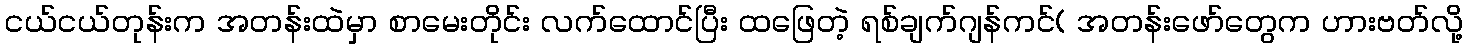
ငယ်ငယ်တုန်းက အတန်းထဲမှာ စာမေးတိုင်း လက်ထောင်ပြီး ထဖြေတဲ့ ရစ်ချက်ဂျန်ကင်( အတန်းဖော်တွေက ဟားဗတ်လို့